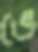
ভে